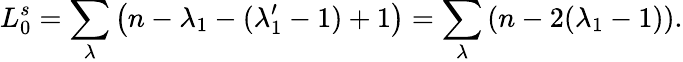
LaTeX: L_{0}^{s}=\sum_{\lambda}\left(n-\lambda_{1}-(\lambda_{1}^{\prime}-1)+1\right)=\sum_{\lambda}\left(n-2(\lambda_{1}-1)\right){}.